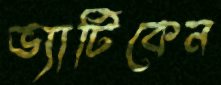
ভ্যাটিকেন